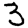
Digit: 3